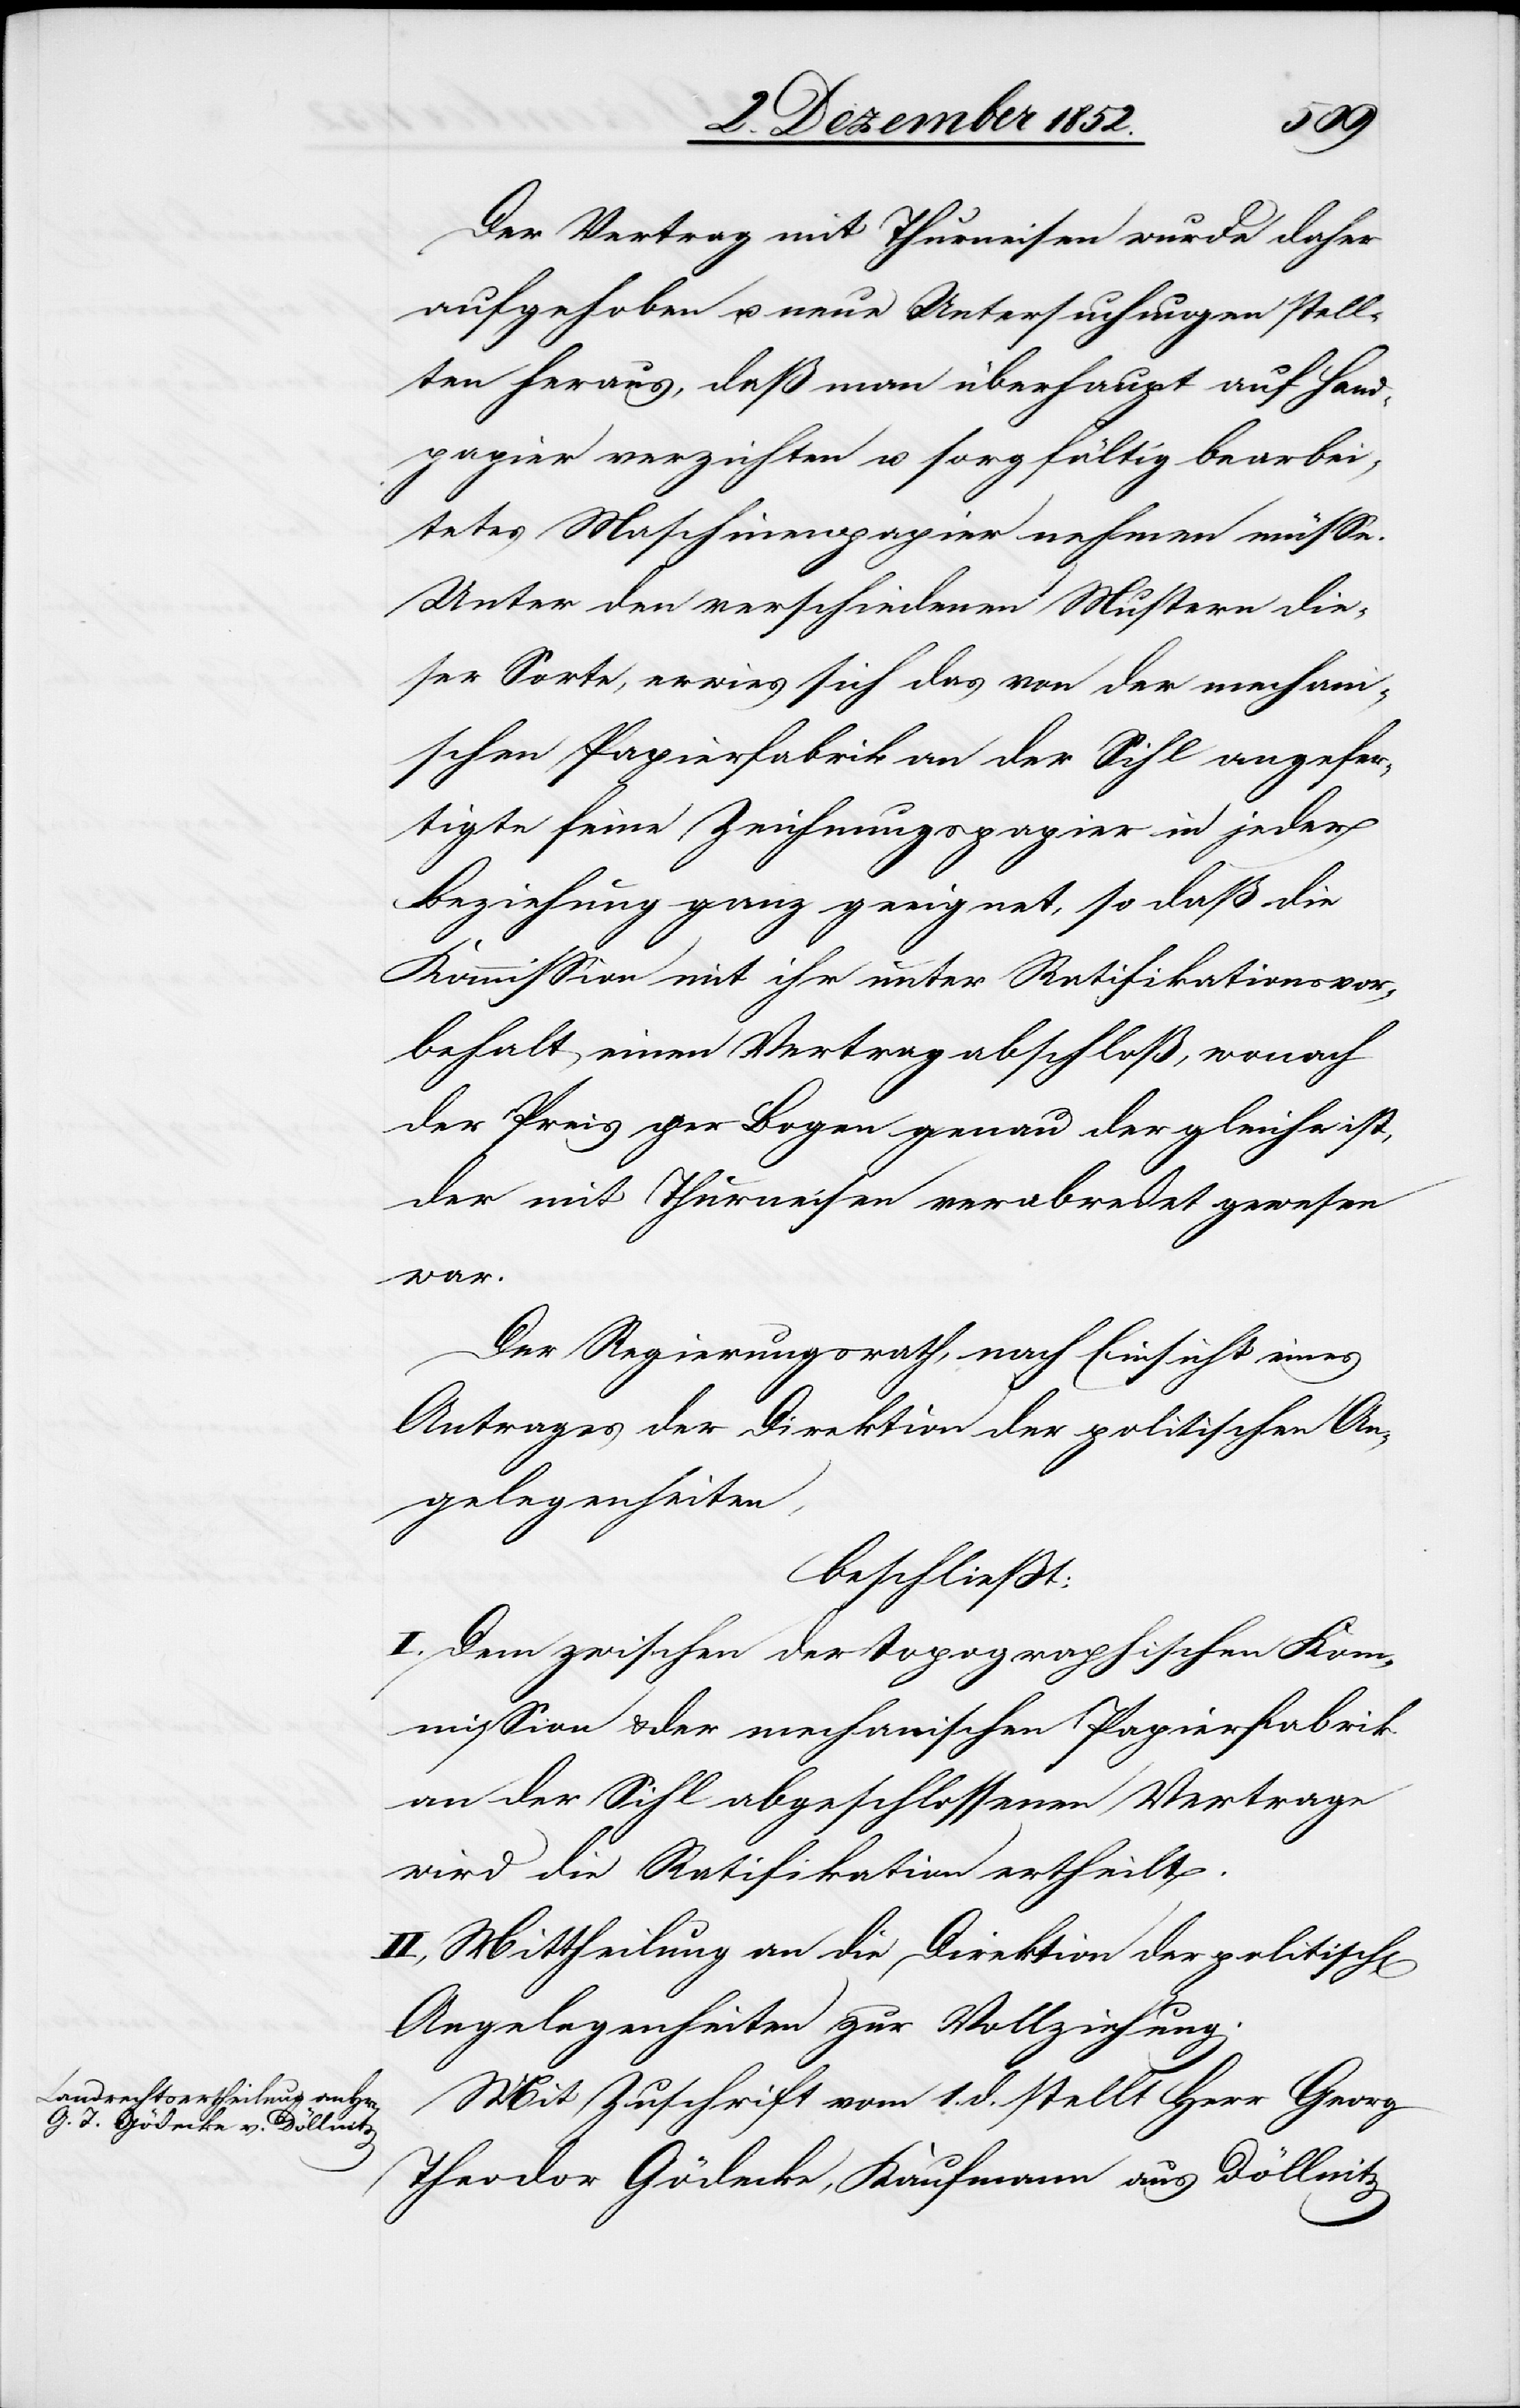
Der Vertrag mit Thurneisen wurde daher
aufgehoben u. neue Untersuchungen stell¬
ten heraus, daß man überhaupt auf Hand¬
papier verzichten u. sorgfältig bearbei¬
tetes Maschinenpapier nehmen müsse.
Unter den verschiedenen Mustern die¬
ser Sorte, erwies sich das von der mechan¬
ischen Papierfabrik an der Sihl angefer¬
tigte feine Zeichnungspapier in jeder
Beziehung ganz geeignet, so daß die
Kommission mit ihr unter Ratifikationsvor¬
behalt einen Vertrag abschloß, wonach
der Preis per Bogen genau der gleiche ist,
der mit Thurneisen verabredet gewesen
war.
Der Regierungsrath, nach Einsicht eines
Antrages der Direktion der politischen An¬
gelegenheiten,
beschließt:
I. Dem zwischen der topographischen Kom¬
mission & der mechanischen Papierfabrik
an der Sihl abgeschlossenen Vertrage
wird die Ratifikation ertheilt.
II, Mittheilung an die Direktion der politisch[en]
Angelegenheiten zur Vollziehung.
Mit Zuschrift vom 1. d. stellt Herr Georg
Theodor Gödecke, Kaufmann aus Döllnitz